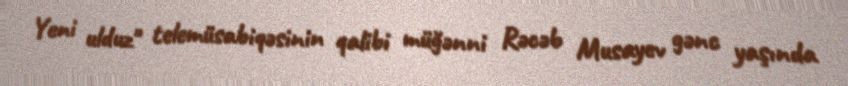
Yeni ulduz" telemüsabiqəsinin qalibi müğənni Rəcəb Musayev gənc yaşında